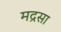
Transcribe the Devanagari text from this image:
मद्रसा